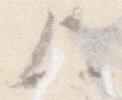
上